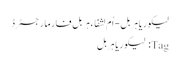
﻿ لیکوریا ہربل - اُم لشفاء ہربل فارما رجسٹرڈ
Tag: لیکوریا ہربل